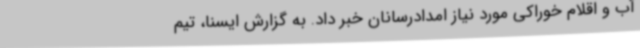
آب و اقلام خوراکی مورد نیاز امدادرسانان خبر داد. به گزارش ایسنا، تیم